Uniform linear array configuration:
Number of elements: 32
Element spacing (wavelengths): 0.25
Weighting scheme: exponential
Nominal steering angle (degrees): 0
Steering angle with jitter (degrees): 1.422
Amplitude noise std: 0.05
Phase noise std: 0.05

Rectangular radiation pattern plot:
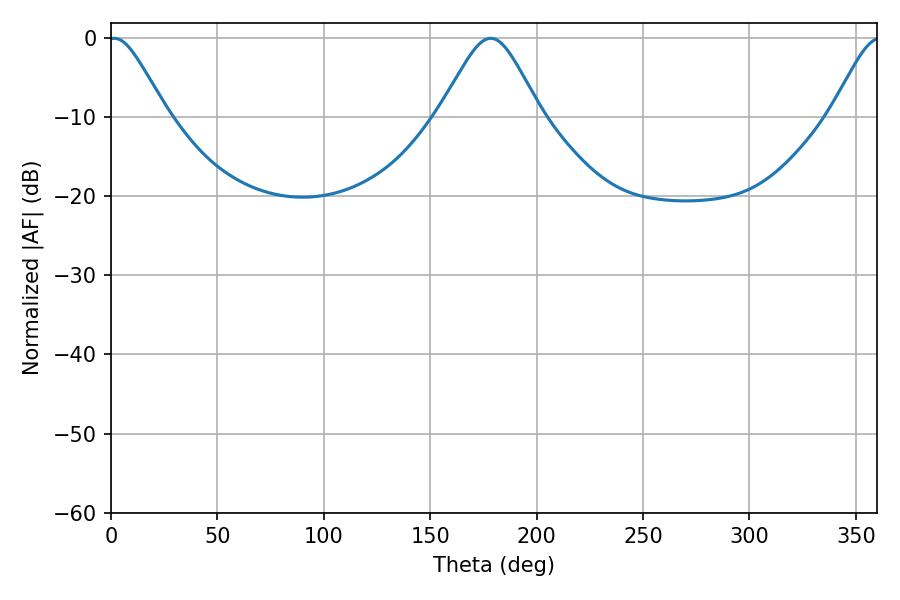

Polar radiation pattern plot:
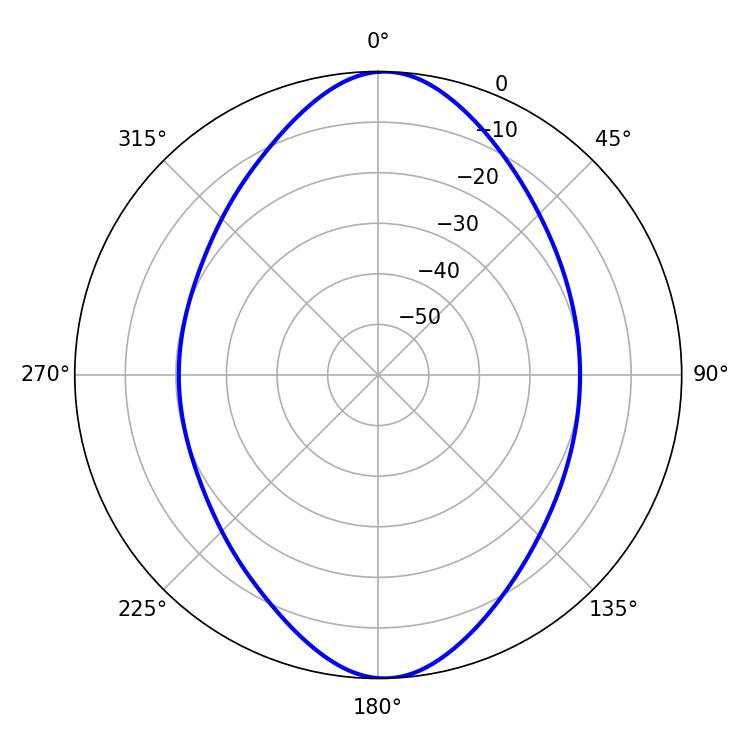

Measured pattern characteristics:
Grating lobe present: FALSE
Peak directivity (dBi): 17.8
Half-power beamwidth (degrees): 13.32
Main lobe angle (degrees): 1.62